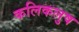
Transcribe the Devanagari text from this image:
कलिकलुष